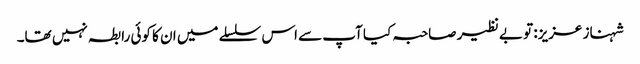
شہناز عزیز: تو بے نظیر صاحبہ کیا آپ سے اس سلسلے میں ان کا کوئی رابطہ نہیں تھا۔